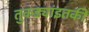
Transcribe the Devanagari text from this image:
तुकड्यांइतकी